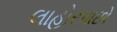
લાહોરપાછો